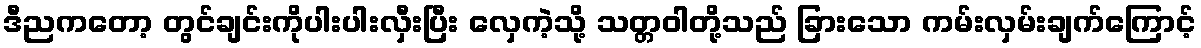
ဒီညကတော့ တွင်ချင်းကိုပါးပါးလှီးပြီး လှေကဲ့သို့ သတ္တဝါတို့သည် ခြားသော ကမ်းလှမ်းချက်ကြောင့်